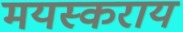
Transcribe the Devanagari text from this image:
मयस्कराय